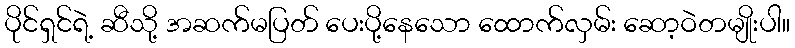
ပိုင်ရှင်ရဲ့ ဆီသို့ အဆက်မပြတ် ပေးပို့နေသော ထောက်လှမ်း ဆော့ဝဲတမျိုးပါ။